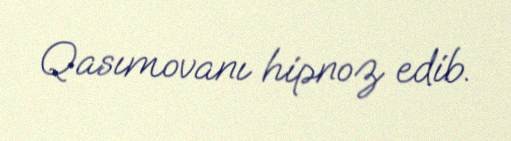
Qasımovanı hipnoz edib.